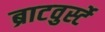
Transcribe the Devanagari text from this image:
ब्राटवुर्स्टे